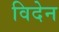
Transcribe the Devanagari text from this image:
विदेन